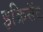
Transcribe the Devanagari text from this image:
इक्रिसॅट